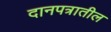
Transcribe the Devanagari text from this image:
दानपत्रातील